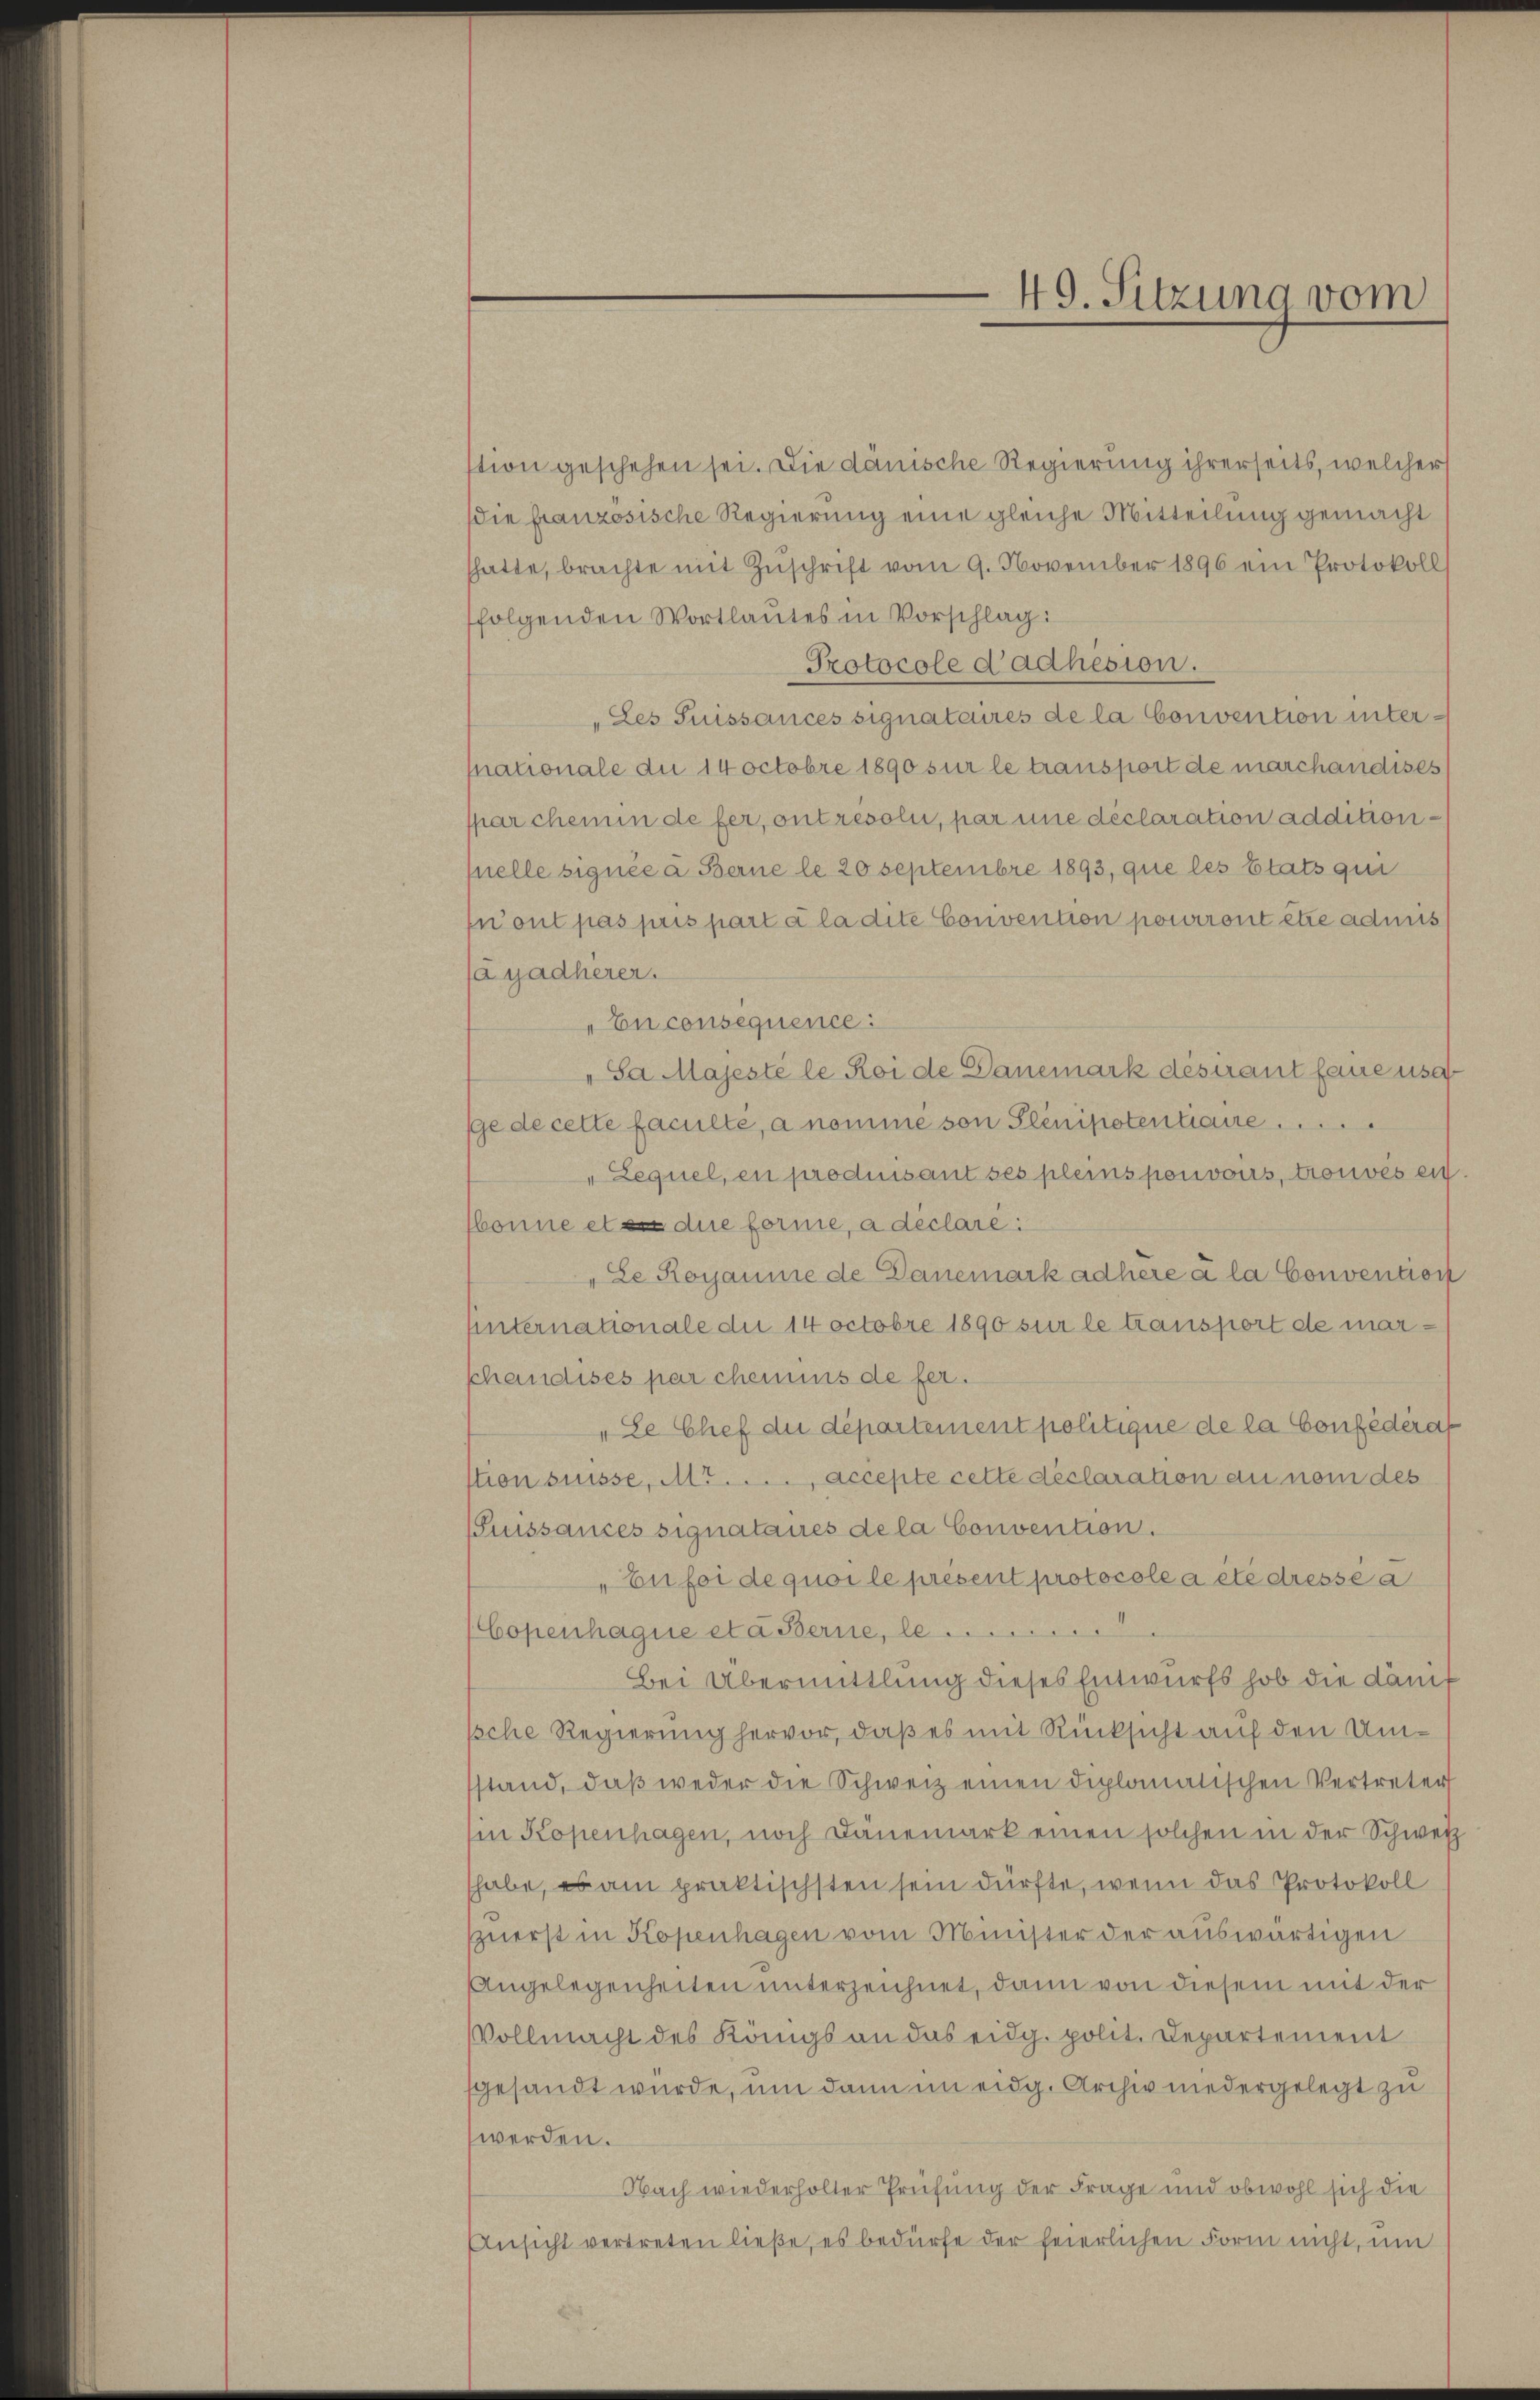
stion geschehen sei. Die dänische Regierung ihrerseits, welcher
ie französische Regierung eine gleiche Mitteilung gemacht
hatte, brachte mit Zŭschrift vom 9. November 1896 ein Protokoll
folgenden Wortlautes in Vorschlag:
Protocole d’adhesion.
„Les Grussances signataires de la Convention untermationale du 14 octobre 1890 sur le transport de marchandises
spar chemin de fer, ont resolu, par une déclaration additionquelle signée a Berne le 20 Septembre 1893, que les Etats qui
front pas pris part à la dite Convention pourront etze admis
ajadherer.
„En consequence:
„Sa Majeste le Roi de Danemark destant laue usa
ge de cette faculte, a nomme von Plinipotentiaire .....
"Lequel, en produisant ses pleins pouvois, trouves ein.
bonne et en die forme, a declare:
"Le Rorsamme de Danemarkadhere à la Convention
Unternationale die 14 octobre 1890 sur le transport de marpchändises par chemis de fer.
„Se Chef du département politique de la Confederat
stion suisse, Mt. . . . accepte cette déclaration au nom des
Suissances signataires de la Convention.
Eufoi de quoi le present protocole a été dresse a
Copenhagne eta Berne, le ...
Bei Übermittlung dieses Entwurfs hob die Dänif
ssche Regierung hervor, daß es mit Rücksicht auf den Umstand, daβ weder die Schweiz einen diplomatischen Vertreter
Ein Kopenhagen, noch Dänemark einen solchen in der Schwerz
habe, es am praktischsten sein dürfte, wenn das Protokoll
zuerst in Kopenhagen vom Minister der auswärtigen
Angelegenheiten unterzeichnet, dann von diesem mit der
VVollmacht des Königs an das eidg. polit. Departement
sgesandt wurde, um dann im eidg. Archiv niedergelegt zu
werden.
Nach wiederholter Prüfung der Frage und obwohl sich die
Ansicht vertreten ließe, es bedürfe der feierlichen Form nicht, um

49. Sitzung vom